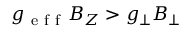
g _ { \mathrm { ~ e ~ f ~ f ~ } } B _ { Z } > g _ { \perp } B _ { \perp }